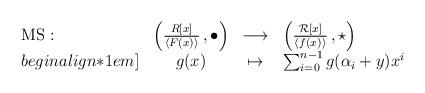
LaTeX: \begin{align*} \begin{array}{lccl} \mathrm{MS}: & \left(\frac{{R}[x]}{\langle F(x)\rangle}\,,\bullet\right ) & \longrightarrow &\left(\frac{{\mathcal R}[x]}{\langle f(x) \rangle}\,,\star\right )\\begin{align*}1em] &g(x) & \mapsto & \sum_{i=0}^{n-1} g({\alpha _i} + y) x^i\end{array} \end{align*}